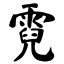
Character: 霓